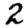
Digit: 2